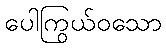
ပေါကြွယ်ဝသော